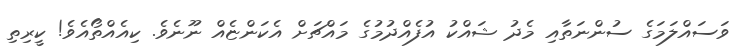
ވަސައްލަމަގެ ސުންނަތާއި މެދު ޝައްކު އުފެއްދުމުގެ މައްޗަށް އެކަންޏެއް ނޫނެވެ. ކިއެއްތޯއެވެ! ކީރިތި